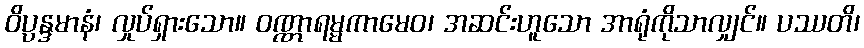
ဝိပ္ပန္ဒမာနံ၊ လှုပ်ရှားသော။ ဝဏ္ဏာရမ္မကာမေဝ၊ အဆင်းဟူသော အာရုံကိုသာလျှင်။ ပဿတိ၊